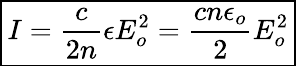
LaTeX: \boxed{I=\frac{c}{2n}\epsilon E_{o}^{2}=\frac{cn\epsilon_{o}}{2}E_{o}^{2}}